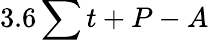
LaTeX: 3.6\sum t+P-A